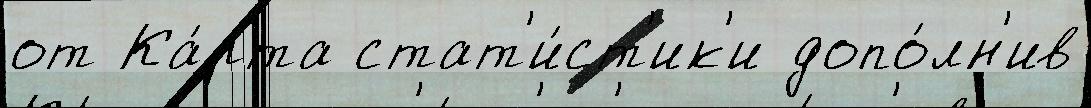
от Ка́рта стат'и́ст'ик'и допо́лн'ив